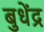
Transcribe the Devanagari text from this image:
बुधेंद्र